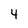
Character: 4